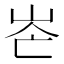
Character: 𡶍